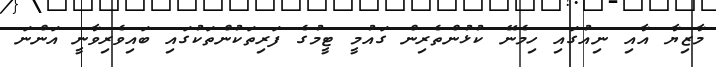
މާޒިޔާ އާއި ނިއުގައި ހިމެނޭ ކުޅުންތެރިން ގައުމީ ޓީމުގެ ފަރިތަކުންތަކުގައި ބައިވެރިވާނީ އަންނަ